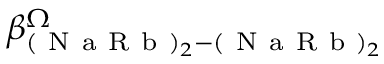
\beta _ { ( \mathrm { ~ N ~ a ~ R ~ b ~ } ) _ { 2 } - ( \mathrm { ~ N ~ a ~ R ~ b ~ } ) _ { 2 } } ^ { \Omega }